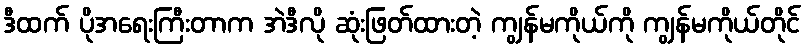
ဒီထက် ပိုအရေးကြီးတာက အဲဒီလို ဆုံးဖြတ်ထားတဲ့ ကျွန်မကိုယ်ကို ကျွန်မကိုယ်တိုင်